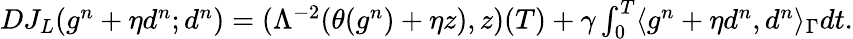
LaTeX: \begin{array}{r}{DJ_{L}(g^{n}+\eta d^{n};d^{n})=(\Lambda^{-2}(\theta(g^{n})+\eta z),z)(T)+\gamma\int_{0}^{T}\langle g^{n}+\eta d^{n},d^{n}\rangle_{\Gamma}dt.}\end{array}